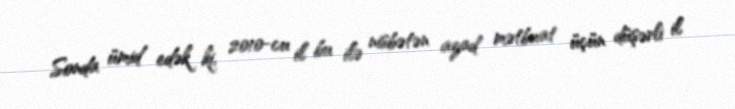
Sonda ümid edək ki, 2010-cu il bu ilə nisbətən azad mətbuat üçün düşərli il